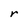
Character: r